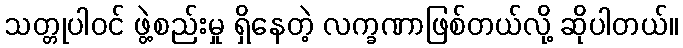
သတ္တုပါဝင် ဖွဲ့စည်းမှု ရှိနေတဲ့ လက္ခဏာဖြစ်တယ်လို့ ဆိုပါတယ်။